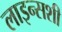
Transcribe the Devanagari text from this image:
लाइन्सशी